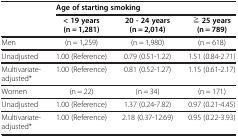
<table><thead><tr><td rowspan="2"><b> </b></td><td colspan="3"><b>Age of starting smoking</b></td></tr><tr><td><b>&lt; 19 years (n = 1,281)</b></td><td><b>20 - 24 years (n = 2,014)</b></td><td><b>≧ 25 years (n = 789)</b></td></tr></thead><tbody><tr><td>Men</td><td>(n = 1,259)</td><td>(n = 1,980)</td><td>(n = 618)</td></tr><tr><td>Unadjusted</td><td>1.00 (Reference)</td><td>0.79 (0.51-1.22)</td><td>1.51 (0.84-2.71)</td></tr><tr><td>Multivariate- adjusted*</td><td>1.00 (Reference)</td><td>0.81 (0.52-1.27)</td><td>1.15 (0.61-2.17)</td></tr><tr><td>Women</td><td>(n = 22)</td><td>(n = 34)</td><td>(n = 171)</td></tr><tr><td>Unadjusted</td><td>1.00 (Reference)</td><td>1.37 (0.24-7.82)</td><td>0.97 (0.21-4.45)</td></tr><tr><td>Multivariate- adjusted*</td><td>1.00 (Reference)</td><td>2.18 (0.37-12.69)</td><td>0.95 (0.22-3.93)</td></tr></tbody></table>